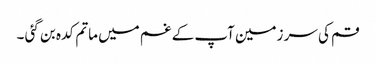
قم کی سر زمین آپ کے غم میں ماتم کدہ بن گئی ۔